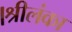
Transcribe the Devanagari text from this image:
।श्रीलंका